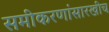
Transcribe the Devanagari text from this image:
समीकरणांसारखीच